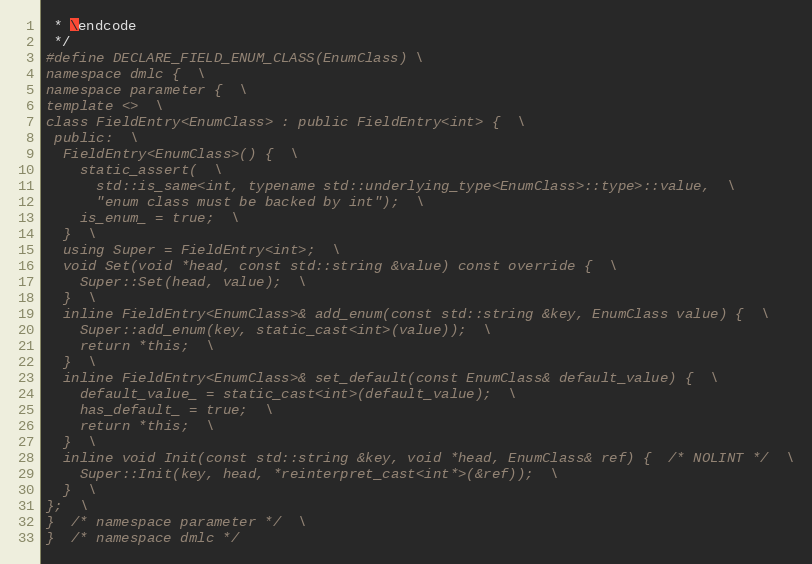
Language: C
 * \endcode
 */
#define DECLARE_FIELD_ENUM_CLASS(EnumClass) \
namespace dmlc {  \
namespace parameter {  \
template <>  \
class FieldEntry<EnumClass> : public FieldEntry<int> {  \
 public:  \
  FieldEntry<EnumClass>() {  \
    static_assert(  \
      std::is_same<int, typename std::underlying_type<EnumClass>::type>::value,  \
      "enum class must be backed by int");  \
    is_enum_ = true;  \
  }  \
  using Super = FieldEntry<int>;  \
  void Set(void *head, const std::string &value) const override {  \
    Super::Set(head, value);  \
  }  \
  inline FieldEntry<EnumClass>& add_enum(const std::string &key, EnumClass value) {  \
    Super::add_enum(key, static_cast<int>(value));  \
    return *this;  \
  }  \
  inline FieldEntry<EnumClass>& set_default(const EnumClass& default_value) {  \
    default_value_ = static_cast<int>(default_value);  \
    has_default_ = true;  \
    return *this;  \
  }  \
  inline void Init(const std::string &key, void *head, EnumClass& ref) {  /* NOLINT */  \
    Super::Init(key, head, *reinterpret_cast<int*>(&ref));  \
  }  \
};  \
}  /* namespace parameter */  \
}  /* namespace dmlc */